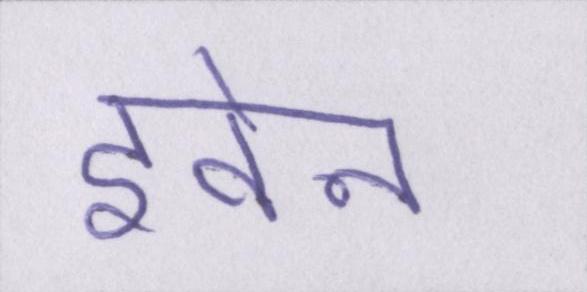
इवेन